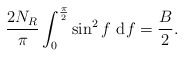
\begin{align*}\frac{2 N_{R}}{\pi} \int_{0}^{\frac{\pi}{2}}\sin^2 f~ {\rm d} f = \frac{B}{2}.\end{align*}